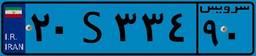
۲۰S۳۳۴۹۰